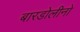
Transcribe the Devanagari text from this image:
बारडोलीनो